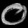
Digit: ၀